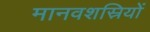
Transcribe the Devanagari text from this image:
मानवशस्रियों